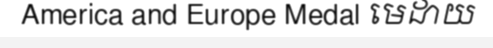
America and Europe Medal មេដាយ